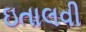
ઇતાલવી